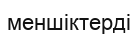
меншіктерді